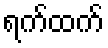
ရက်ထက်